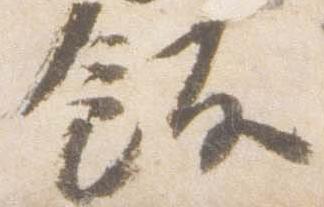
飯